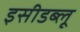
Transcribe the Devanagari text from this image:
इसीडब्लू